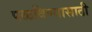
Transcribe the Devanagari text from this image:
पळविण्यासाठी